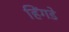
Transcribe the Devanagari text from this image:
हिंगडे